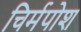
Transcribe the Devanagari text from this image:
चिर्मपोश